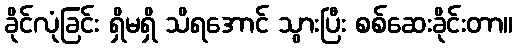
ခိုင်လုံခြင်း ရှိမရှိ သိရအောင် သွားပြီး စစ်ဆေးခိုင်းတာ။